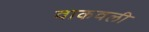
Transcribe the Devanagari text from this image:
वाकवली